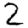
Digit: 2